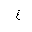
Letter: _gayn